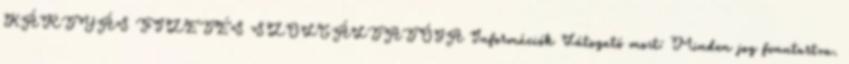
KÁRTYÁS FIZETÉS SZOLGÁLTATÓJA Információk Látogató most: Minden jog fenntartva.